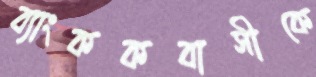
ব্যাংককবাসীকে